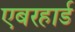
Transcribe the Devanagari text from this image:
एबरहार्ड